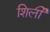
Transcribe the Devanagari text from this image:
शिर्ली